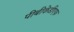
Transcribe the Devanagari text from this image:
पीबीकेडीएफ